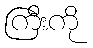
ကြီးကို